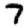
Digit: 7